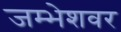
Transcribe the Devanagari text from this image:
जम्भेशवर